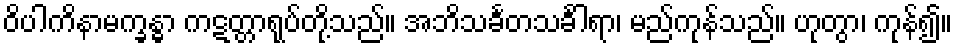
ဝိပါကိနာမက္ခန္ဓာ ကဋတ္တာရုပ်တို့သည်။ အဘိသင်္ခတသင်္ခါရာ၊ မည်ကုန်သည်။ ဟုတွာ၊ ကုန်၍။